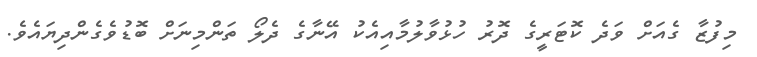
މިފުޒާ ގެއަށް ވަދެ ކޮޓަރީގެ ދޮރު ހުޅުވާލުމާއިއެކު އޭނާގެ ދެލޯ ތަންމިނަށް ބޮޑުވެގެންދިޔައެވެ.